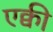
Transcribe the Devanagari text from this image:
एक्वी